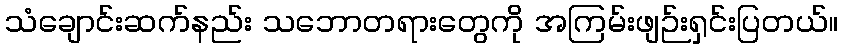
သံချောင်းဆက်နည်း သဘောတရားတွေကို အကြမ်းဖျဉ်းရှင်းပြတယ်။